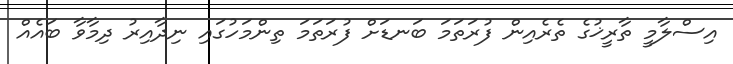
އިސްލާމީ ތާރީޚުގެ ތެރެއިން ފުރަތަމަ ބަނޑަށް ފުރަތަމަ ތިންމަހުގައި ނިދާއިރު ދިމާވާ ބައެއް